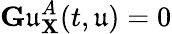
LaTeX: \mathbf{G}\mathfrak{u}_{\mathbf{X}}^{A}(t,\mathfrak{u})=0